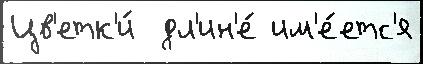
Цв'етк'и́  дл'ин'е́ им'е́етс'я